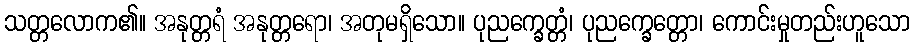
သတ္တလောက၏။ အနုတ္တရံ အနုတ္တရော၊ အတုမရှိသော။ ပုညက္ခေတ္တံ၊ ပုညက္ခေတ္တော၊ ကောင်းမှုတည်းဟူသော